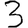
Digit: 3